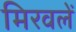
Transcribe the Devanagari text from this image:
मिरवलें